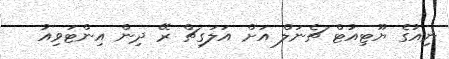
ނިއުގެ ޔޫޓިއުޓް ޗެނަލް އަށް އަލަގިޗް ރޭ ދިން އިންޓަވިއު